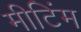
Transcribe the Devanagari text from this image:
मीटिंम